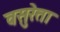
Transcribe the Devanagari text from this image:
वसुरेता